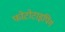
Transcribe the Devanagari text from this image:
फोटोटाइपिंग